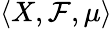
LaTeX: \langle X,{\mathcal{F}},\mu\rangle